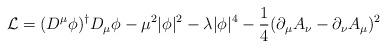
LaTeX: \begin{align*}{\cal L}=(D^{\mu}\phi)^{\dagger}D_{\mu}\phi -\mu^{2}|\phi|^{2}-\lambda|\phi|^{4}-\frac{1}{4}(\partial_{\mu}A_{\nu}-\partial_{\nu}A_{\mu})^{2}\end{align*}